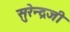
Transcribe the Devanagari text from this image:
सुरेन्द्रजी